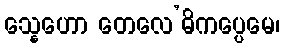
သ္နေဟော တေလေ’ဓိကပ္ပေမေ၊